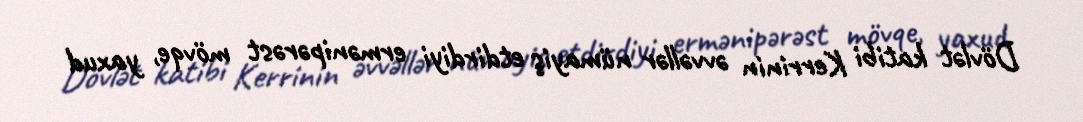
Dövlət katibi Kerrinin əvvəllər nümayiş etdirdiyi ermənipərəst mövqe, yaxud